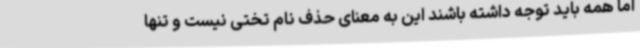
اما همه باید توجه داشته باشند این به معنای حذف نام تختی نیست و تنها